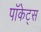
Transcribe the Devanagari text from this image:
पॉकेट्स